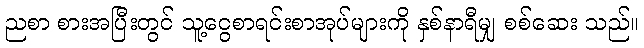
ညစာ စားအပြီးတွင် သူ့ငွေစာရင်းစာအုပ်များကို နှစ်နာရီမျှ စစ်ဆေး သည်။